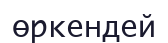
өркендей